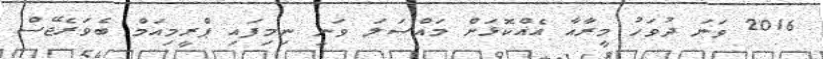
2016 ވަނަ ދުވަހު މީރާއާ އެއްކޮޅަށް މައްސަލަ ވަނީ ނިމިފައި ޕްރީމިއަމް ބެވަރެޖޭސް